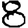
Digit: 8